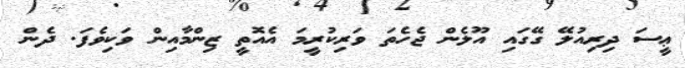
ޢީސަ ދިރިއުލޭ ގޭގައި އޫލެން ޖެހެތަ ވަރިކުރީމަ އެއޮތީ ޒިންމާއިން ވަކިވެފަ. ދެން